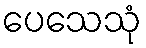
ပေသေသုံ